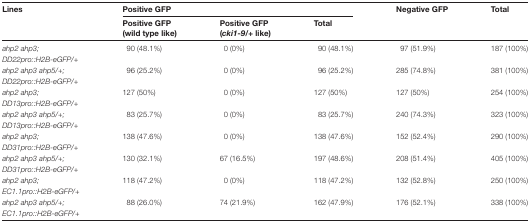
| <ROWSPAN=2> Lines | <COLSPAN=3> Positive GFP | <ROWSPAN=2> Negative GFP | <ROWSPAN=2> Total |
 | Positive GFP (wild type like) | Positive GFP (cki1-9/+ like) | Total |
 | --- | --- | --- | --- | --- | --- |
 | ahp2 ahp3;DD22pro::H2B-eGFP/+ | 90 (48.1%) | 0 (0%) | 90 (48.1%) | 97 (51.9%) | 187 (100%) |
 | ahp2 ahp3 ahp5/+;DD22pro::H2B-eGFP/+ | 96 (25.2%) | 0 (0%) | 96 (25.2%) | 285 (74.8%) | 381 (100%) |
 | ahp2 ahp3;DD13pro::H2B-eGFP/+ | 127 (50%) | 0 (0%) | 127 (50%) | 127 (50%) | 254 (100%) |
 | ahp2 ahp3 ahp5/+;DD13pro::H2B-eGFP/+ | 83 (25.7%) | 0 (0%) | 83 (25.7%) | 240 (74.3%) | 323 (100%) |
 | ahp2 ahp3;DD31pro::H2B-eGFP/+ | 138 (47.6%) | 0 (0%) | 138 (47.6%) | 152 (52.4%) | 290 (100%) |
 | ahp2 ahp3 ahp5/+;DD31pro::H2B-eGFP/+ | 130 (32.1%) | 67 (16.5%) | 197 (48.6%) | 208 (51.4%) | 405 (100%) |
 | ahp2 ahp3;EC1.1pro::H2B-eGFP/+ | 118 (47.2%) | 0 (0%) | 118 (47.2%) | 132 (52.8%) | 250 (100%) |
 | ahp2 ahp3 ahp5/+;EC1.1pro::H2B-eGFP/+ | 88 (26.0%) | 74 (21.9%) | 162 (47.9%) | 176 (52.1%) | 338 (100%) |